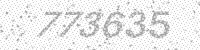
Solution: 773635